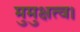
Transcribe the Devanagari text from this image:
मुमुक्षत्व।